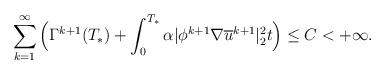
LaTeX: \begin{align*}\sum_{k=1}^{\infty}\Big( \Gamma^{k+1}(T_*)+\int_{0}^{T_*} \alpha|\phi^{k+1}\nabla\overline{u}^{k+1} |^2_2t\Big)\leq C<+\infty.\end{align*}